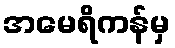
အမေရိကန်မှ